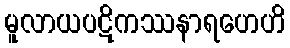
မူလာယပဋိကဿနာရဟေဟိ